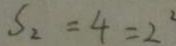
S _ { 2 } = 4 = 2 ^ { 2 }